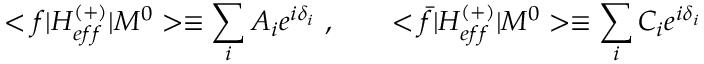
< f | H _ { e f f } ^ { ( + ) } | M ^ { 0 } > \equiv \sum _ { i } A _ { i } e ^ { i \delta _ { i } } \ , \qquad < \bar { f } | H _ { e f f } ^ { ( + ) } | M ^ { 0 } > \equiv \sum _ { i } C _ { i } e ^ { i \delta _ { i } }